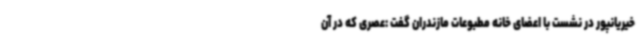
خیریانپور در نشست با اعضای خانه مطبوعات مازندران گفت :عصری که در آن